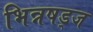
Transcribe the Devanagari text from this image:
भिन्नषड्ज